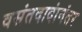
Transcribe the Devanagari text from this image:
वसंतदादांनंतर